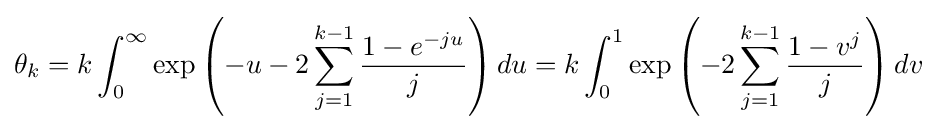
\theta _{k}=k\int _{0}^{\infty }\exp \left(-u-2\sum _{j=1}^{k-1}{\frac {1-e^{-ju}}{j}}\right)du=k\int _{0}^{1}\exp \left(-2\sum _{j=1}^{k-1}{\frac {1-v^{j}}{j}}\right)dv